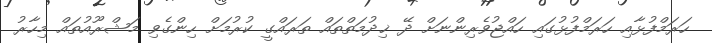
ހަރަމްފުޅާއި ހަރަމްފުޅުގައި ހައްޖުވެރިންނަށް ދޭ ޚިދުމަތްތައް ތަރައްގީ ކުރުމަށް ހިންގެވި މަޝްރޫއުތައް މިހާރު